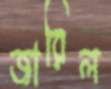
জারিল